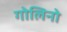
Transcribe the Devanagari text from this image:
गोलिनो